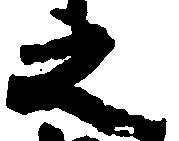
之